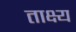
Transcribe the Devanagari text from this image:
ताक्ष्य